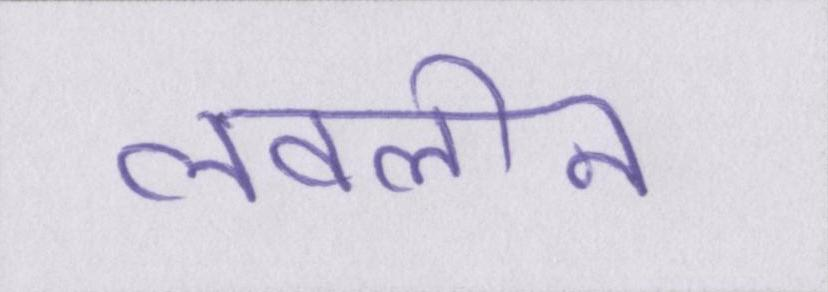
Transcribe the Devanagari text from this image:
लवलीन